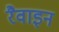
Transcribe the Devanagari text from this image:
रैवाइन